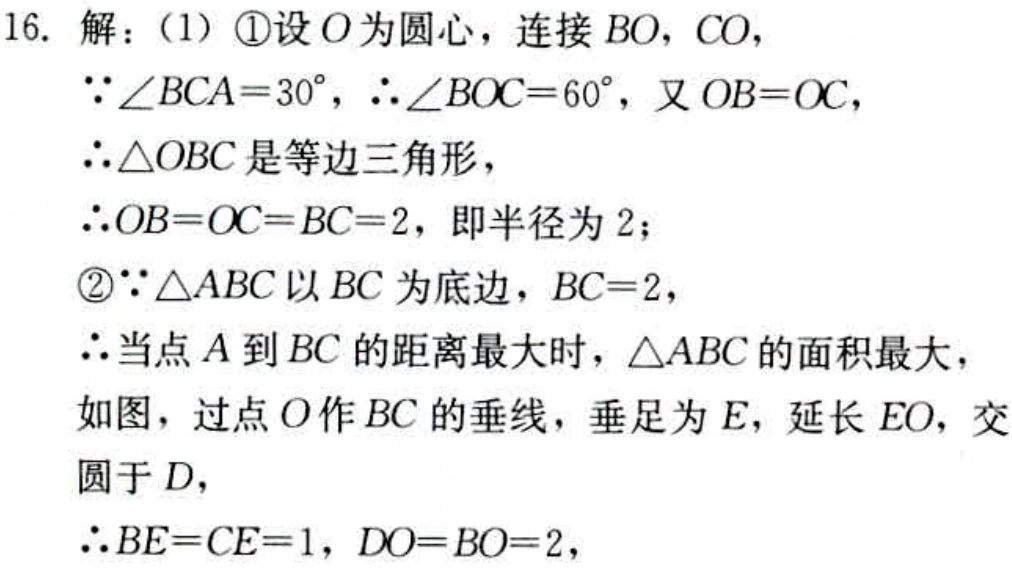
16. 解：（1）\textcircled{1}设\(O\)为圆心，连接\(BO\)，\(CO\)，
\(\because\angle BCA = 30^{\circ}\)，\(\therefore\angle BOC = 60^{\circ}\)，又\(OB = OC\)，
\(\therefore\triangle OBC\)是等边三角形，
\(\therefore OB = OC = BC = 2\)，即半径为\(2\)；
\textcircled{2}\(\because\triangle ABC\)以\(BC\)为底边，\(BC = 2\)，
\(\therefore\)当点\(A\)到\(BC\)的距离最大时，\(\triangle ABC\)的面积最大，
如图，过点\(O\)作\(BC\)的垂线，垂足为\(E\)，延长\(EO\)，交
圆于\(D\)，
\(\therefore BE = CE = 1\)，\(DO = BO = 2\)，